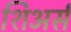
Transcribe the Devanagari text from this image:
शिअर्स